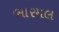
ભારમલ